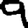
Digit: 9